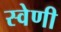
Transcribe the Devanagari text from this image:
स्वेणी